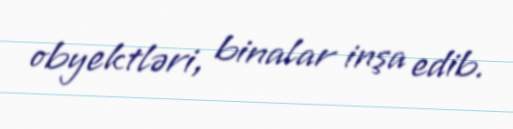
obyektləri, binalar inşa edib.